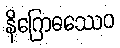
နိဂြောဓဿေဝ